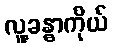
လူ့ခန္ဓာကိုယ်